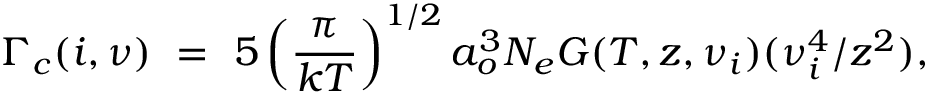
\Gamma _ { c } ( i , \nu ) \ = \ 5 \left( \frac { \pi } { k T } \right) ^ { 1 / 2 } a _ { o } ^ { 3 } N _ { e } G ( T , z , \nu _ { i } ) ( \nu _ { i } ^ { 4 } / z ^ { 2 } ) ,